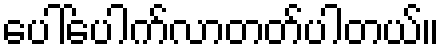
ပေါ်ပေါက်လာတတ်ပါတယ်။